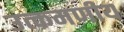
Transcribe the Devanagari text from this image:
उत्कमणीय